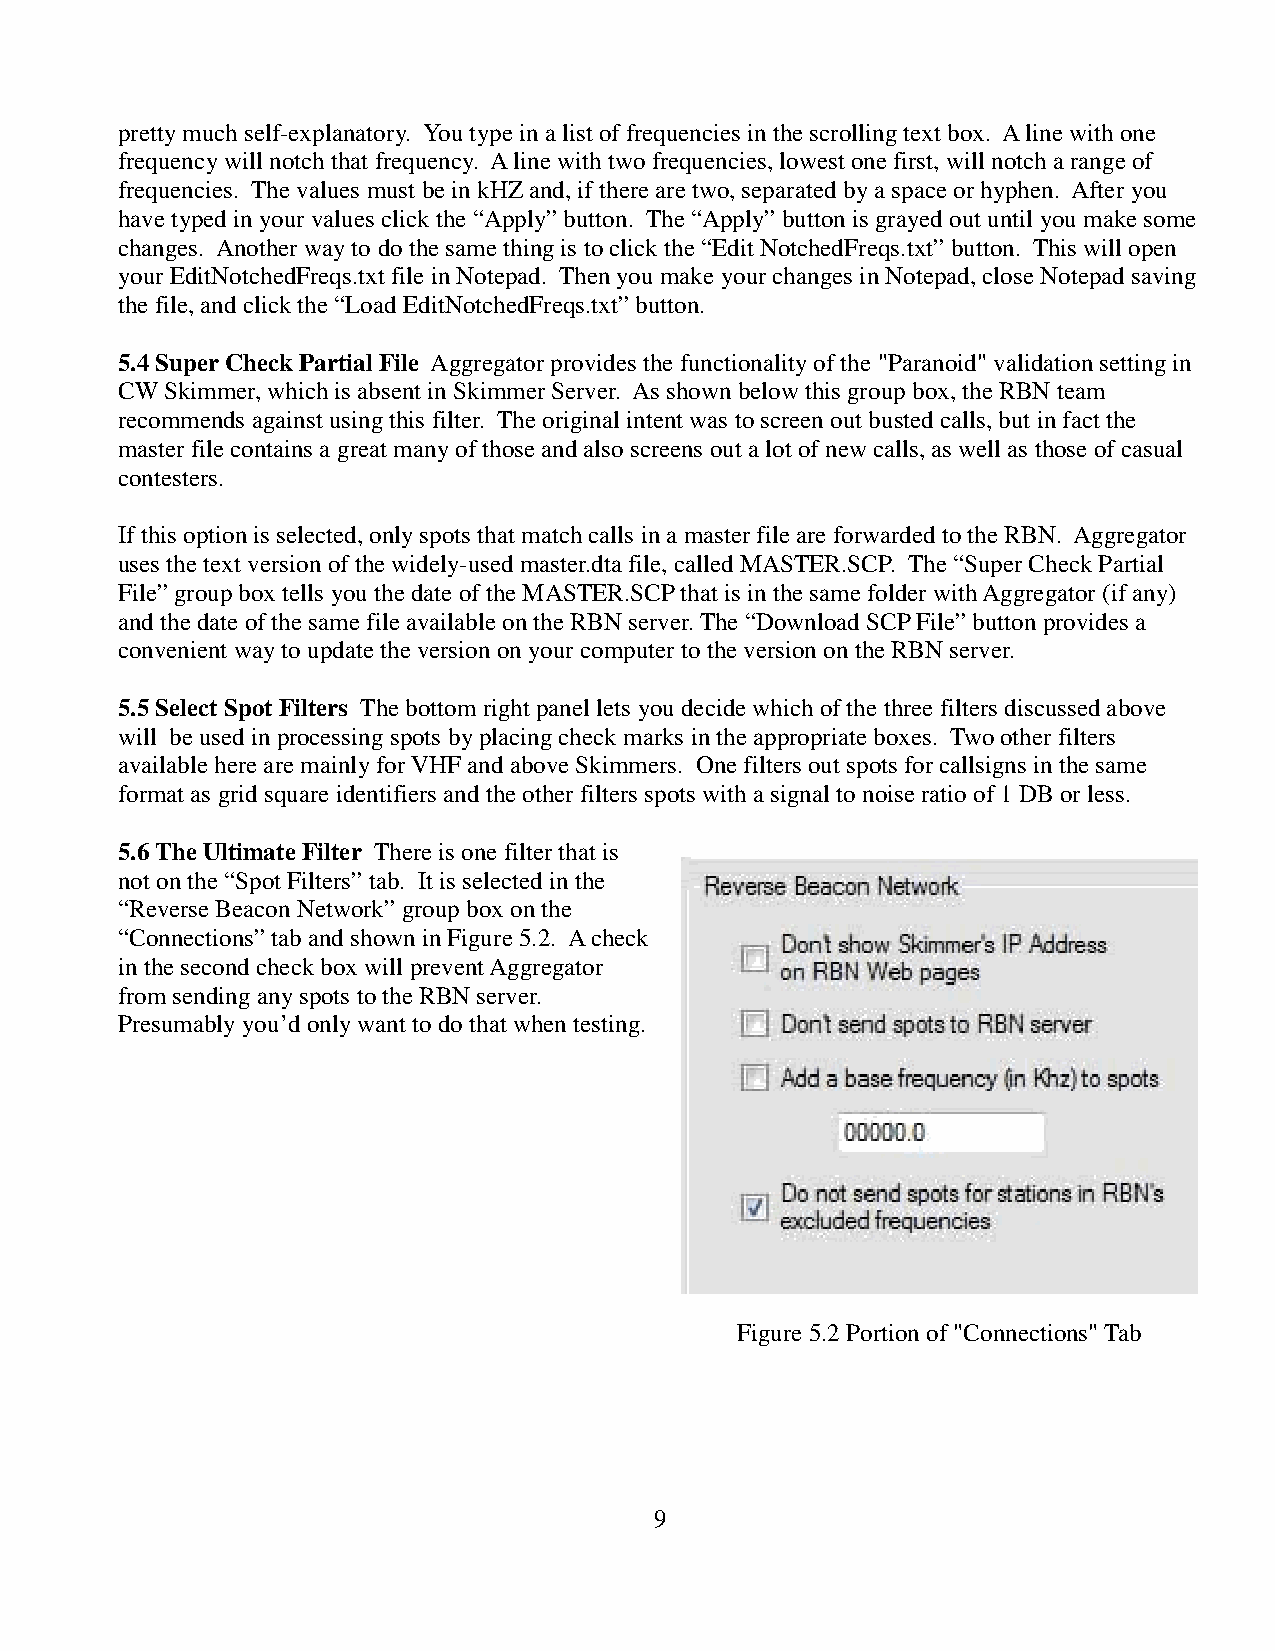
pretty much self-explanatory. You type in a list of frequencies in the scrolling text box. A line with one
 frequency will notch that frequency. A line with two frequencies, lowest one first, will notch a range of
 frequencies. The values must be in kHZ and, if there are two, separated by a space or hyphen. After you
 have typed in your values click the “Apply” button. The “Apply” button is grayed out until you make some
 changes. Another way to do the same thing is to click the “Edit NotchedFreqs.txt” button. This will open
 your EditNotchedFreqs.txt file in Notepad. Then you make your changes in Notepad, close Notepad saving
 the file, and click the “Load EditNotchedFreqs.txt” button.
 5.4 Super Check Partial File Aggregator provides the functionality of the "Paranoid" validation setting in
 CW Skimmer, which is absent in Skimmer Server. As shown below this group box, the RBN team
 recommends against using this filter. The original intent was to screen out busted calls, but in fact the
 master file contains a great many of those and also screens out a lot of new calls, as well as those of casual
 contesters.
 If this option is selected, only spots that match calls in a master file are forwarded to the RBN. Aggregator
 uses the text version of the widely-used master.dta file, called MASTER.SCP. The “Super Check Partial
 File” group box tells you the date of the MASTER.SCP that is in the same folder with Aggregator (if any)
 and the date of the same file available on the RBN server. The “Download SCP File” button provides a
 convenient way to update the version on your computer to the version on the RBN server.
 5.5 Select Spot Filters The bottom right panel lets you decide which of the three filters discussed above
 will be used in processing spots by placing check marks in the appropriate boxes. Two other filters
 available here are mainly for VHF and above Skimmers. One filters out spots for callsigns in the same
 format as grid square identifiers and the other filters spots with a signal to noise ratio of 1 DB or less.
 5.6 The Ultimate Filter There is one filter that is
 not on the “Spot Filters” tab. It is selected in the
 “Reverse Beacon Network” group box on the
 “Connections” tab and shown in Figure 5.2. A check
 in the second check box will prevent Aggregator
 from sending any spots to the RBN server.
 Presumably you’d only want to do that when testing.
 Figure 5.2 Portion of "Connections" Tab
 9